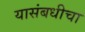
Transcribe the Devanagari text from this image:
यासंबधीचा